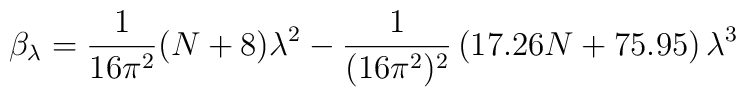
\beta_\lambda= \frac{1}{16\pi^2}(N+8)\lambda^2 -\frac{1}{(16\pi^2)^2}\left(17.26N+75.95\right)\lambda^3